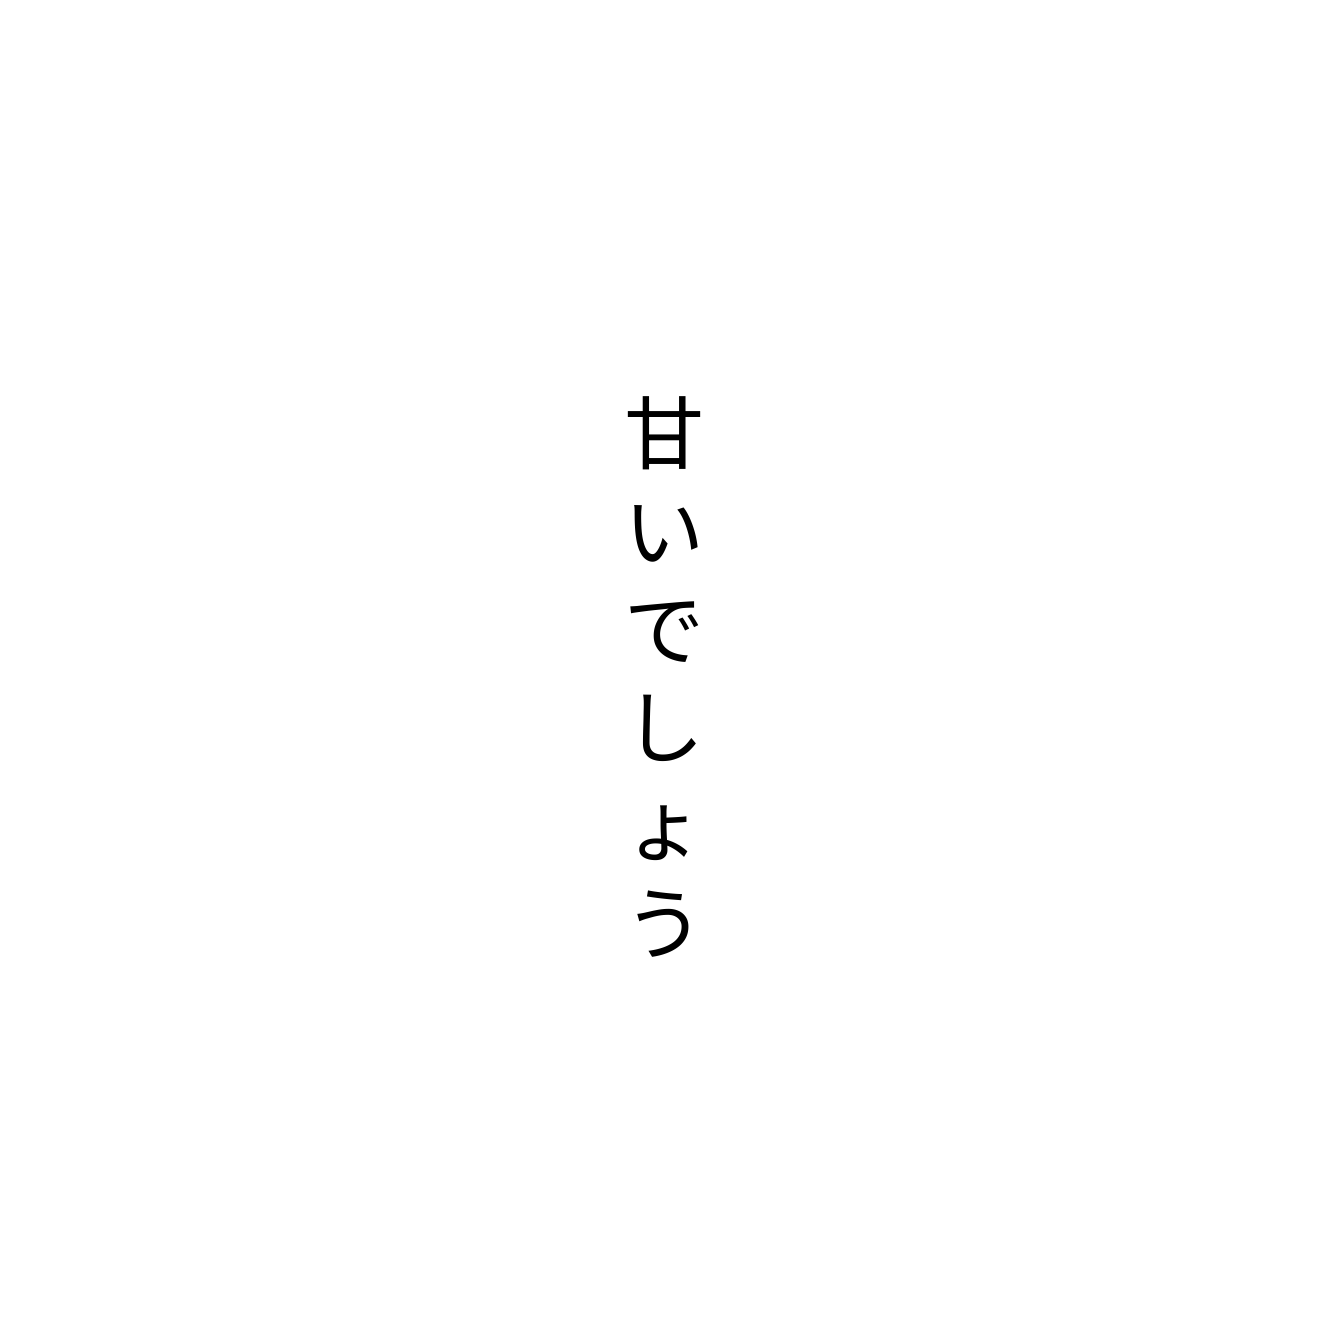
甘いでしょう